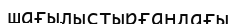
шағылыстырғандағы